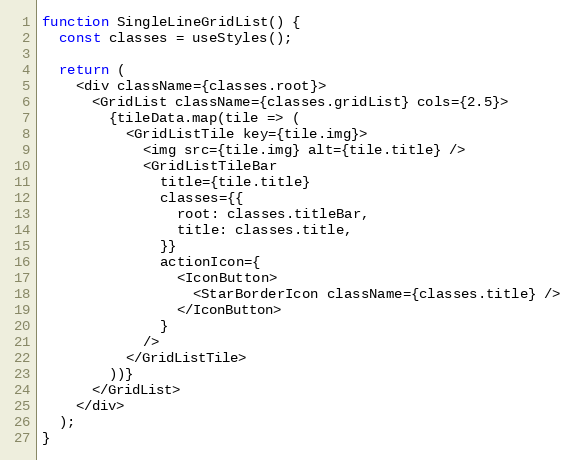
Language: JavaScript
function SingleLineGridList() {
  const classes = useStyles();

  return (
    <div className={classes.root}>
      <GridList className={classes.gridList} cols={2.5}>
        {tileData.map(tile => (
          <GridListTile key={tile.img}>
            <img src={tile.img} alt={tile.title} />
            <GridListTileBar
              title={tile.title}
              classes={{
                root: classes.titleBar,
                title: classes.title,
              }}
              actionIcon={
                <IconButton>
                  <StarBorderIcon className={classes.title} />
                </IconButton>
              }
            />
          </GridListTile>
        ))}
      </GridList>
    </div>
  );
}